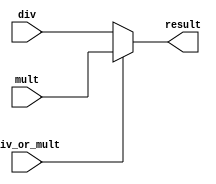
module MuxDivOrMult (
  input  wire        div_or_mult,
  input  wire [31:0] div,
  input  wire [31:0] mult,
  output wire [31:0] result
);

  assign result = div_or_mult ? mult : div;

endmodule